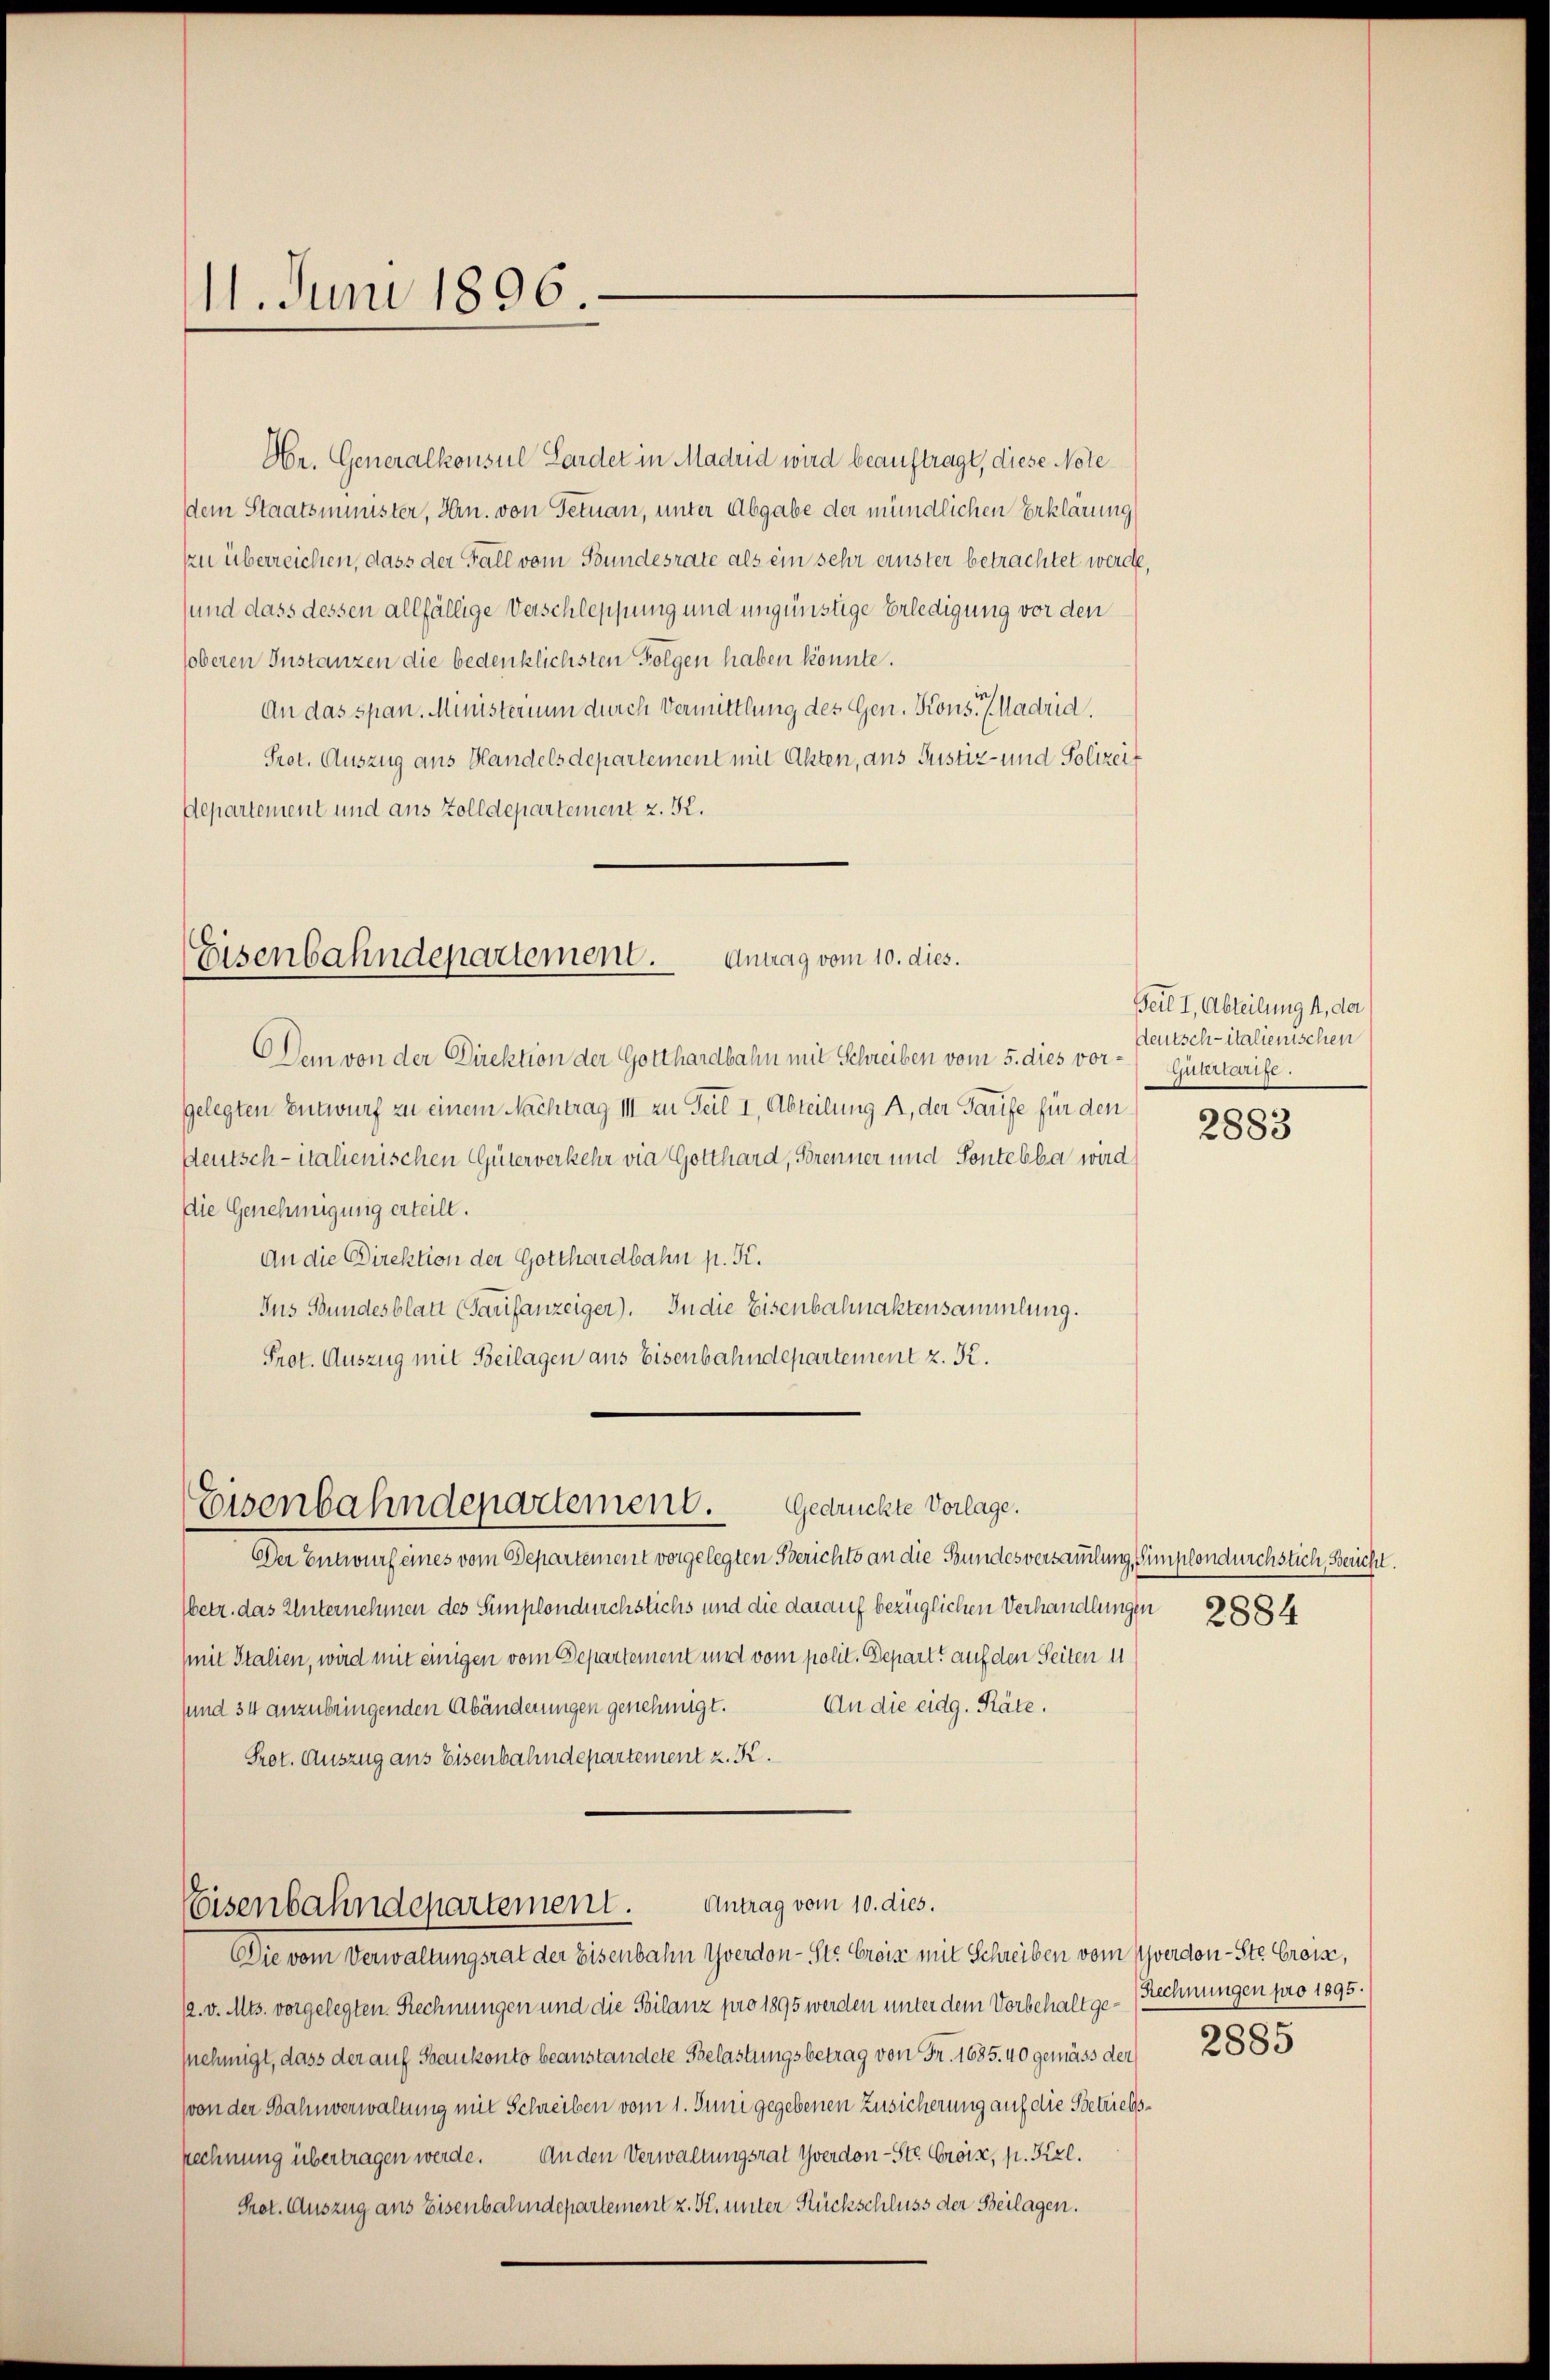
11. Juni 1896.

Ar. Generalkonsul Lardet in Madrid wird beauftragt, diese Note
dem Staatsminister, Hrn. von Petnau, unter Abgabe der mündlichen Erklärung
zu überreichen, dass der Fall vom Bundesrate als ein sehr ernster betrachtet werde,
sund dass dessen allfällige Verschleppung und ungünstige Erledigung vor den
soberen Instanzen die bedenklichsten Folgen haben könnte.
An das span. Ministerium durch Vermittlung des Gen. Kons.   Madrid.
Prot. Auszug aus Handelsdepartement mit Akten, aus Justiz- und Polizeit
Departement und aus Zolldepartement z. K.

Eisenbahndepartement. Antrag vom 10. dies.

Eisenbahndepartement. Gedrückte Vorlage.

Eisenbahndepartement. Antrag vom 10. dies.

Dem von der Direktion der Gotthardbahn mit Schreiben vom 5. dies vor- Gütertarife.
gelegten Entwurf zu einem Nachtrag III zu Teil I, Abteilung A, der Tarife für den
deutsch-italienischen Güterverkehr vie Gotthard, Sorenner und Sentebba wird
Die Genehmigung erteilt.
An die Direktion der Gotthardbahn p. K.
Ins Bundesblatt (Saufanzeiger). In die Eisenbahnaktensammlung.
Prot. Auszug mit Beilagen aus Eisenbahndepartement z. R.

Beil I, Abteilung , da
deutsch-italienischen

Der Entwurf eines vom Departement vorgelegten Berichts an die Bundesversammlung, Simplondurchstich, Bericht.
betr. das Unternehmen des Simplondurchstichs und die darauf bezüglichen Verhandlungen
it Italien, wird mit einigen vom Departement und vom polit. Depart auf den Seiten i
An die eidg. Räte.
sund 34 anzubringenden Abänderungen genehmigt.
Prot. Auszug aus Eisenbahndepartement z. K.

Die vom Verwaltungsrat der Eisenbahn Yverdon - St. Crois mit Schreiben vom Yverdon-Ste Greise,
12. v. Mts. vorgelegten Rechnungen und die Bilanz pro 1895 werden unter dem Vorbehaltge- Rechnungen pro 1895.
snehmigt, dass der auf Stankonto beanstandete Belastungsbetrag von Fr. 1685. 40 gemäss der
(von der Bahnverwaltung mit Schreiben vom 1. Juni gegebenen Zusicherung auf die Betrielsrechnung übertragen werde. An den Verwaltungsrat Yverdon-Str. Gross, p. Kzl.
Prot. Auszug aus Eisenbahndepartement z. K. unter Rückschluss der Beilagen.

2883

2884

2885